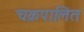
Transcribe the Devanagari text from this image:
चक्रपालित